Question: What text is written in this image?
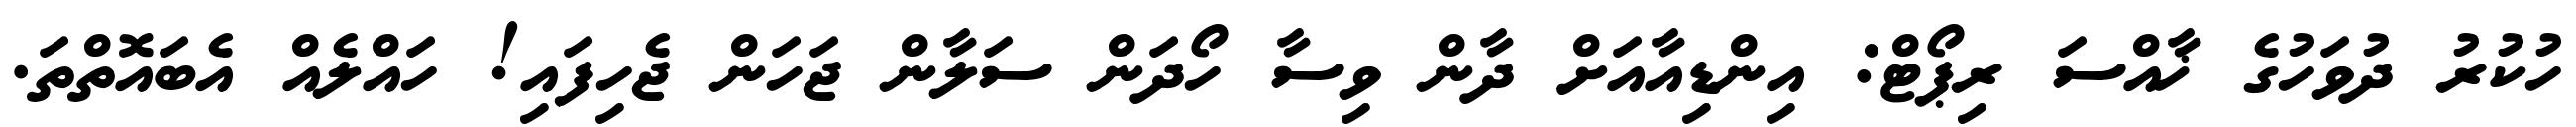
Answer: ހުކުރު ދުވަހުގެ ޚާއްސަ ރިޕޯޓް: އިންޑިއާއަށް ދާން ވިސާ ހޯދަން ސަލާން ޖަހަން ޖެހިފައި! ހައްލެއް އެބައޮތްތަ.